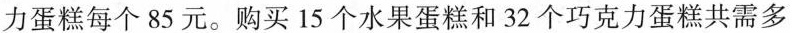
力蛋糕每个85元。购买15个水果蛋糕和32个巧克力蛋糕共需多